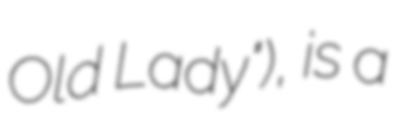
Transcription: Old Lady"), is a